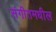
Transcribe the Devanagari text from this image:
संगीतमधील